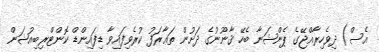
އެސް) ދިވެހިރާއްޖޭގެ ޕެންޝަނާ ބެހޭ ޤާނޫނުގެ ދަށުން ތަޢާރަފު ކުރެވިފައިވާ ޑިފައިންޑް ކޮންޓްރިބިއުޝަން